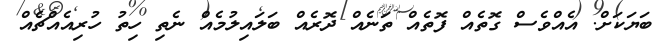
ބަޔަކަށް. އެއްވެސް ގޮތެއް ފޮތެއް ތަނެއް ދޮރެއް ބަލައިލުމެއް ނެތި ހިތު ހުރިއެއްޗެއް